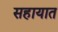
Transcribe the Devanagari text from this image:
सहायात